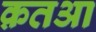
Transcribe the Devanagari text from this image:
क़तआ